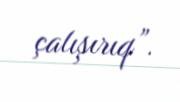
çalışırıq”.